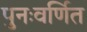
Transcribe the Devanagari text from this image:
पुनःवर्णित